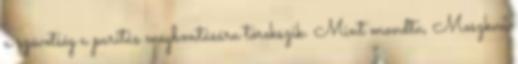
a szövetség a paritás megbontására törekszik. Mint mondta, Moszkva